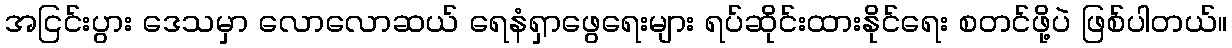
အငြင်းပွား ဒေသမှာ လောလောဆယ် ရေနံရှာဖွေရေးများ ရပ်ဆိုင်းထားနိုင်ရေး စတင်ဖို့ပဲ ဖြစ်ပါတယ်။